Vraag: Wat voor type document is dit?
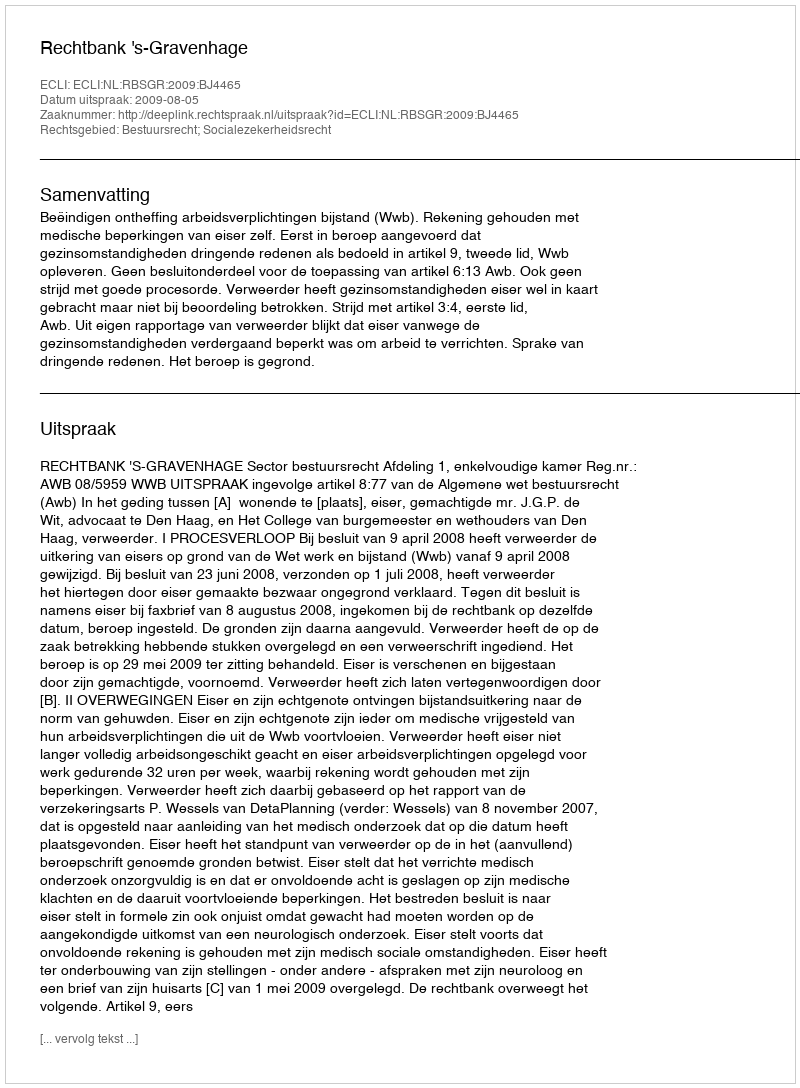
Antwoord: Uitspraak